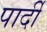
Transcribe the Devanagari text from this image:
पार्दी